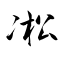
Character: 凇